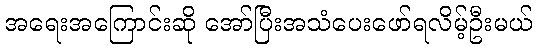
အရေးအကြောင်းဆို အော်ပြီးအသံပေးဖော်ရလိမ့်ဦးမယ်